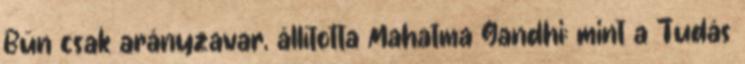
Bűn csak arányzavar, állította Mahatma Gandhi: mint a Tudás